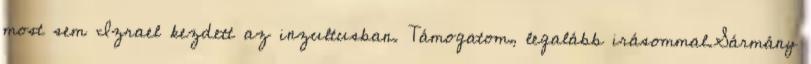
most sem Izrael kezdett az inzultusban. Támogatom, legalább irásommal.Sármány